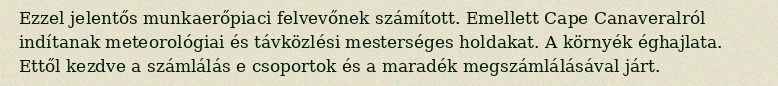
Ezzel jelentős munkaerőpiaci felvevőnek számított. Emellett Cape Canaveralról indítanak meteorológiai és távközlési mesterséges holdakat. A környék éghajlata. Ettől kezdve a számlálás e csoportok és a maradék megszámlálásával járt.